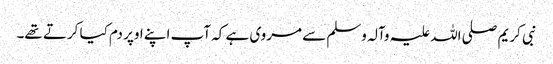
نبی کریم صلی اللہ علیہ وآلہ وسلم سے مروی ہے کہ آپ اپنے اوپر دم کیا کرتے تھے۔